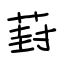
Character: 葑